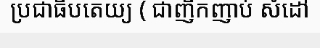
ប្រជាធិបតេយ្យ ( ជាញឹកញាប់ សំដៅ